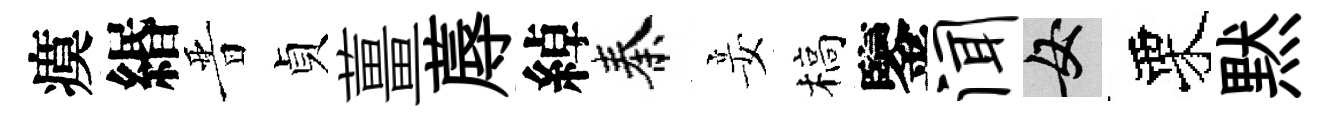
瘼緡晋貞薑蓐綽秦妾槁鑒闻女栗黙